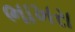
ભાખરા